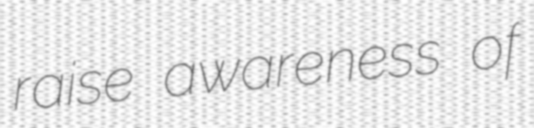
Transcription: raise awareness of